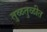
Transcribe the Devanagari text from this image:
तुळतुळीत